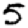
Digit: 5